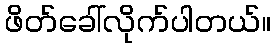
ဖိတ်ခေါ်လိုက်ပါတယ်။